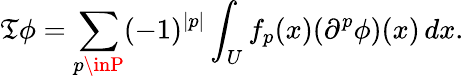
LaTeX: \mathfrak{T}\phi=\sum_{p\inP}(-1)^{|p|}\int_{U}f_{p}(x)(\partial^{p}\phi)(x)\, dx.